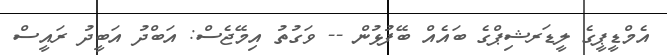
އެމްޑީޕީގެ ލީޑަރޝިޕްގެ ބައެއް ބޭފުޅުން -- ވަގުތު އިމޭޖެސް: އަބްދު އަބީދު ރައީސް